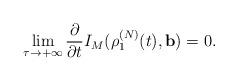
LaTeX: \begin{align*}\lim_{\tau \rightarrow +\infty }\frac{\partial }{\partial t}I_{M}(\rho_{1}^{(N)}(t),\mathbf{b})=0. \end{align*}